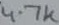
Text: 4.7k